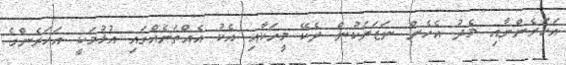
އަހަރެންނާއި މެދު އެހެން ނަޒަރަކުން ދެކޭ މީހަކާއި އެކު އެއްތަނެއްގައި އުޅުމަކީ އަހަރެންގެ